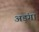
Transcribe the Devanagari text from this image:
अड़ंगा